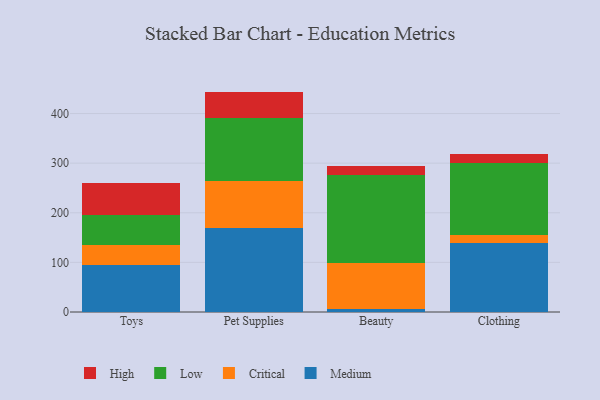
{"axis": {"x": "Category", "y": "Active Users"}, "legend": ["Critical", "High", "Low", "Medium"], "data": [{"x": "Toys", "y": 94.7, "type": "Medium"}, {"x": "Toys", "y": 39.5, "type": "Critical"}, {"x": "Toys", "y": 61.1, "type": "Low"}, {"x": "Toys", "y": 63.9, "type": "High"}, {"x": "Pet Supplies", "y": 169.3, "type": "Medium"}, {"x": "Pet Supplies", "y": 95.2, "type": "Critical"}, {"x": "Pet Supplies", "y": 126.4, "type": "Low"}, {"x": "Pet Supplies", "y": 53.3, "type": "High"}, {"x": "Beauty", "y": 5.2, "type": "Medium"}, {"x": "Beauty", "y": 93.1, "type": "Critical"}, {"x": "Beauty", "y": 177.4, "type": "Low"}, {"x": "Beauty", "y": 19.0, "type": "High"}, {"x": "Clothing", "y": 139.5, "type": "Medium"}, {"x": "Clothing", "y": 15.9, "type": "Critical"}, {"x": "Clothing", "y": 145.8, "type": "Low"}, {"x": "Clothing", "y": 18.1, "type": "High"}]}